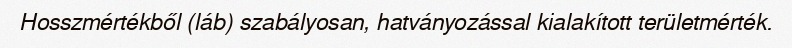
Hosszmértékből (láb) szabályosan, hatványozással kialakított területmérték.